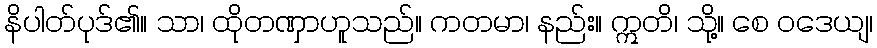
နိပါတ်ပုဒ်၏။ သာ၊ ထိုတဏှာဟူသည်။ ကတမာ၊ နည်း။ ဣတိ၊ သို့။ စေ ဝဒေယျ၊